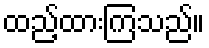
ထည့်ထားကြသည်။